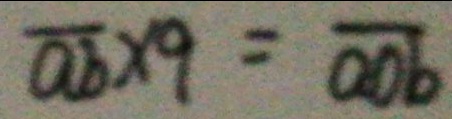
\overline { a b } \times 9 = \overline { a o b }